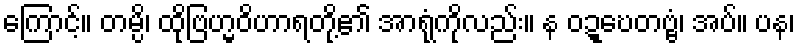
ကြောင့်။ တမ္ပိ၊ ထိုဗြဟ္မဝိဟာရတို့၏ အာရုံကိုလည်း။ န ဝဍ္ဎေတဗ္ဗံ၊ အပ်။ ပန၊